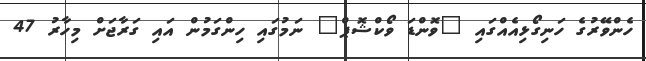
ހެންވޭރުގެ ހަނިގޯޅިއެއްގައި "ވޮންޑަ ވޯކްޝޮޕް" ނަމުގައި ހިންގަމުން އައި ގަރާޖަށް މިހާރު 47